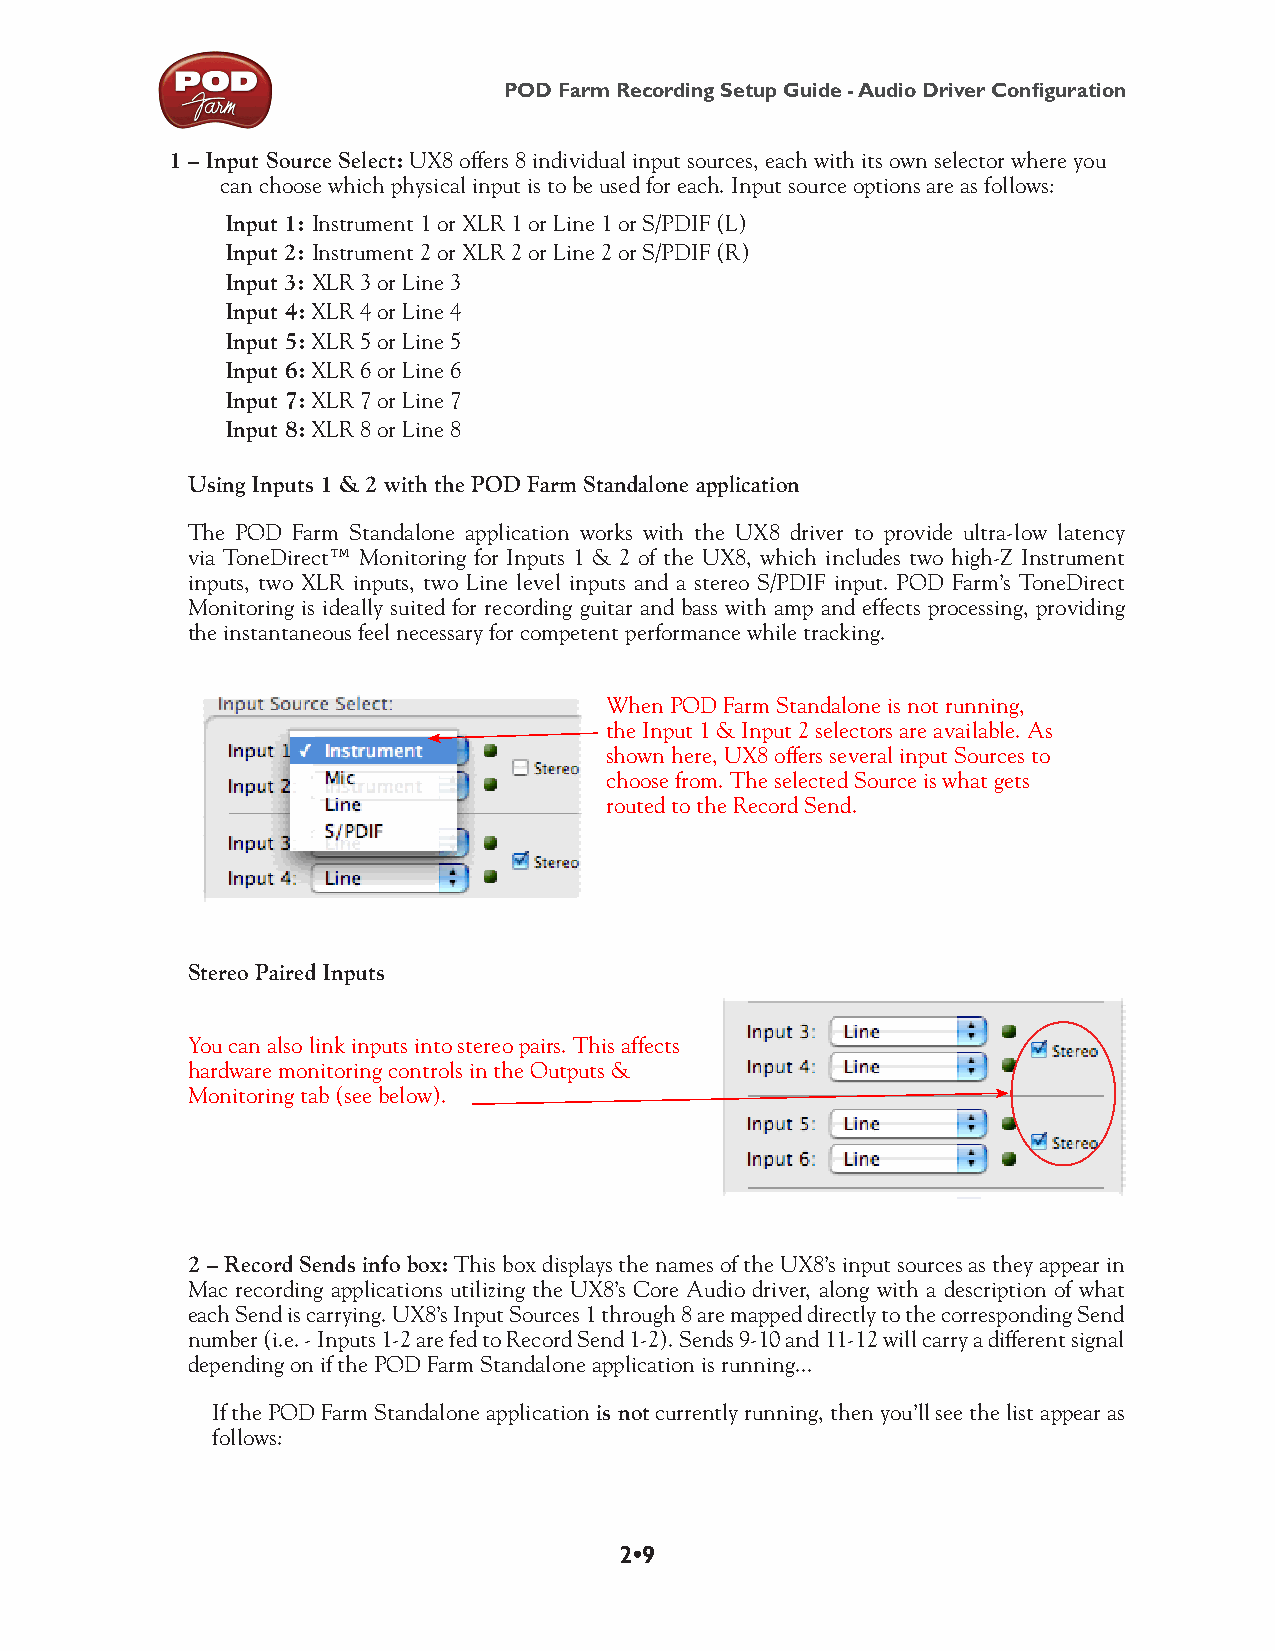
POD Farm Recording Setup Guide - Audio Driver Configuration
 1 – Input Source Select: UX8 offers 8 individual input sources, each with its own selector where you
 can choose which physical input is to be used for each. Input source options are as follows:
 Input 1: Instrument 1 or XLR 1 or Line 1 or S/PDIF (L)
 Input 2: Instrument 2 or XLR 2 or Line 2 or S/PDIF (R)
 Input 3: XLR 3 or Line 3
 Input 4: XLR 4 or Line 4
 Input 5: XLR 5 or Line 5
 Input 6: XLR 6 or Line 6
 Input 7: XLR 7 or Line 7
 Input 8: XLR 8 or Line 8
 Using Inputs 1 & 2 with the POD Farm Standalone application
 The POD Farm Standalone application works with the UX8 driver to provide ultra-low latency
 via ToneDirect™ Monitoring for Inputs 1 & 2 of the UX8, which includes two high-Z Instrument
 inputs, two XLR inputs, two Line level inputs and a stereo S/PDIF input. POD Farm’s ToneDirect
 Monitoring is ideally suited for recording guitar and bass with amp and effects processing, providing
 the instantaneous feel necessary for competent performance while tracking.
 When POD Farm Standalone is not running,
 the Input 1 & Input 2 selectors are available. As
 shown here, UX8 offers several input Sources to
 choose from. The selected Source is what gets
 routed to the Record Send.
 Stereo Paired Inputs
 You can also link inputs into stereo pairs. This affects
 hardware monitoring controls in the Outputs &
 Monitoring tab (see below).
 2 – Record Sends info box: This box displays the names of the UX8’s input sources as they appear in
 Mac recording applications utilizing the UX8’s Core Audio driver, along with a description of what
 each Send is carrying. UX8’s Input Sources 1 through 8 are mapped directly to the corresponding Send
 number (i.e. - Inputs 1-2 are fed to Record Send 1-2). Sends 9-10 and 11-12 will carry a different signal
 depending on if the POD Farm Standalone application is running...
 If the POD Farm Standalone application is not currently running, then you’ll see the list appear as
 follows:
 2•9